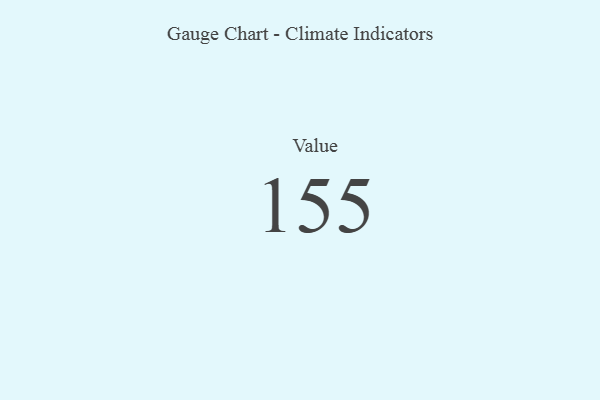
{"axis": {"x": "Metric", "y": "Value"}, "legend": [""], "data": [{"x": "Value", "y": 155, "type": ""}]}